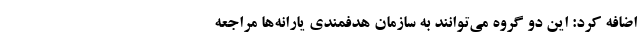
اضافه کرد: این دو گروه می‌توانند به سازمان هدفمندی یارانه‌ها مراجعه